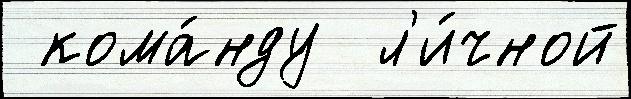
 кома́нду  л'и́чной